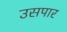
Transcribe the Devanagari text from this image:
उसपार